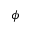
\phi